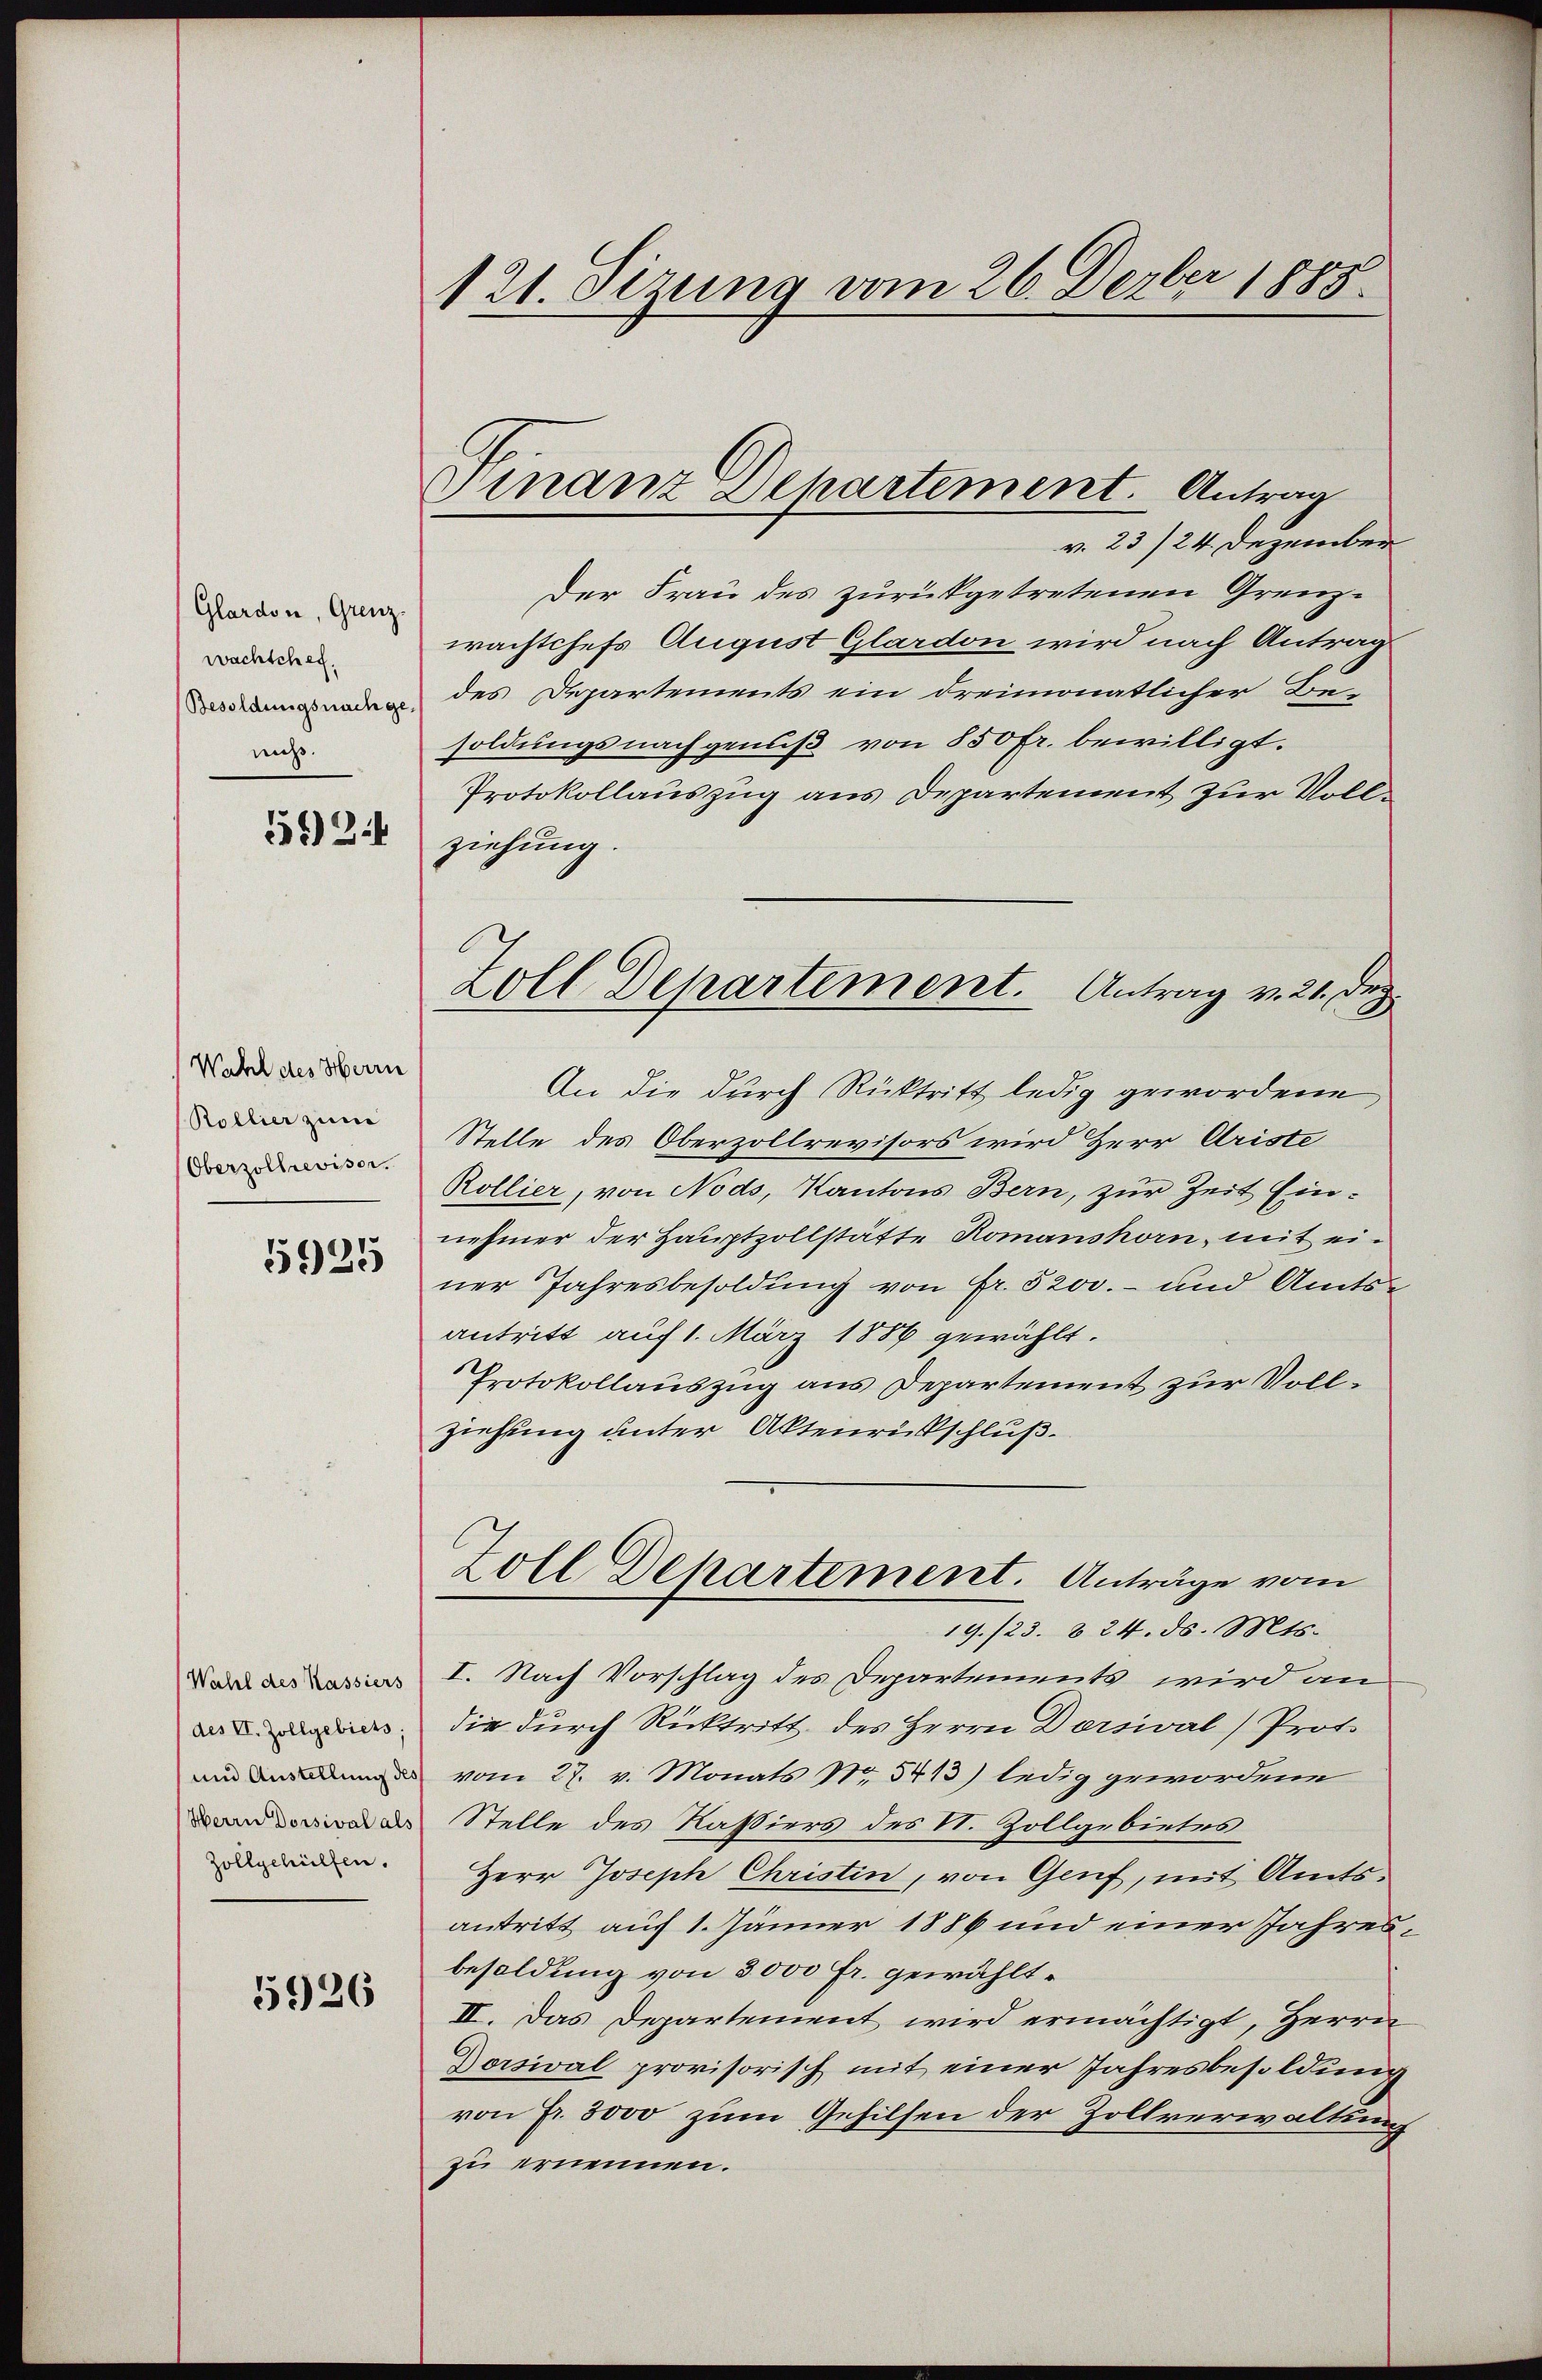
Glardon, Grenz
wachschef.
Besoldungsnach ge
nicht.

151) 24

Wahl des Herrn
(Rollier zum
Oberzollrevisor.

1925

Wahl des Kassiers
des VI. Zollgebiets,
und Austellung des
Herrn Dorsival als
Zollgehülfen.

5926

121. Sizung vom 26. Derber 1888

Finanz Departement. Antrag

v. 23/24. Dezember
Der Frau des zurückgetretenen Grenzwächtchefs August Glardon wird nach Antrag
des Departements ein dreimonatlicher Beu
soldungsnachgenuß von 850 fr. bewilligt.
Protokollauszug aus Departement zur Vollziehung.
An die durch Rücktritt ledig gewordene
Stelle des Oberzollrevisors wird Herr Ariste
Rollier, von Nods, Kantons Bern, zur Zeit Einnehmer der Hauptzollstätte Romanshorn, mit einer Jahresbesoldung von Fr. 5200.- und Amts
antritt auf 1. März 1886 gewählt.
1
Protokollauszug aus Departement zur Vollziehung unter Aktenrückschluß.
Zoll Dehartement. Anträge vom
19./23. 824. ds. Mts.
I. Nach Vorschlag des Departements wird an
die durch Rücktritt des Herrn Dorsival) Proto
vom 27. v. Monats Nr. 5413) ledig gewordene
Stelle des Kassiers des N. Zollgebietes
Herr Joseph Christin, von Genf, mit Amtsantritt auf 1. Jänner 1886 und einer Jahresbesoldung von 3000 Fr. gewählt.
II. Das Departement wird ermächtigt, Herrn
Dorsival provisorisch mit einer Jahresbesoldung
von Fr. 3000 zum Gehilfen der Zollverwaltung
zu ernennen.

Zoll Departement. Antrag v. 21. Dez.